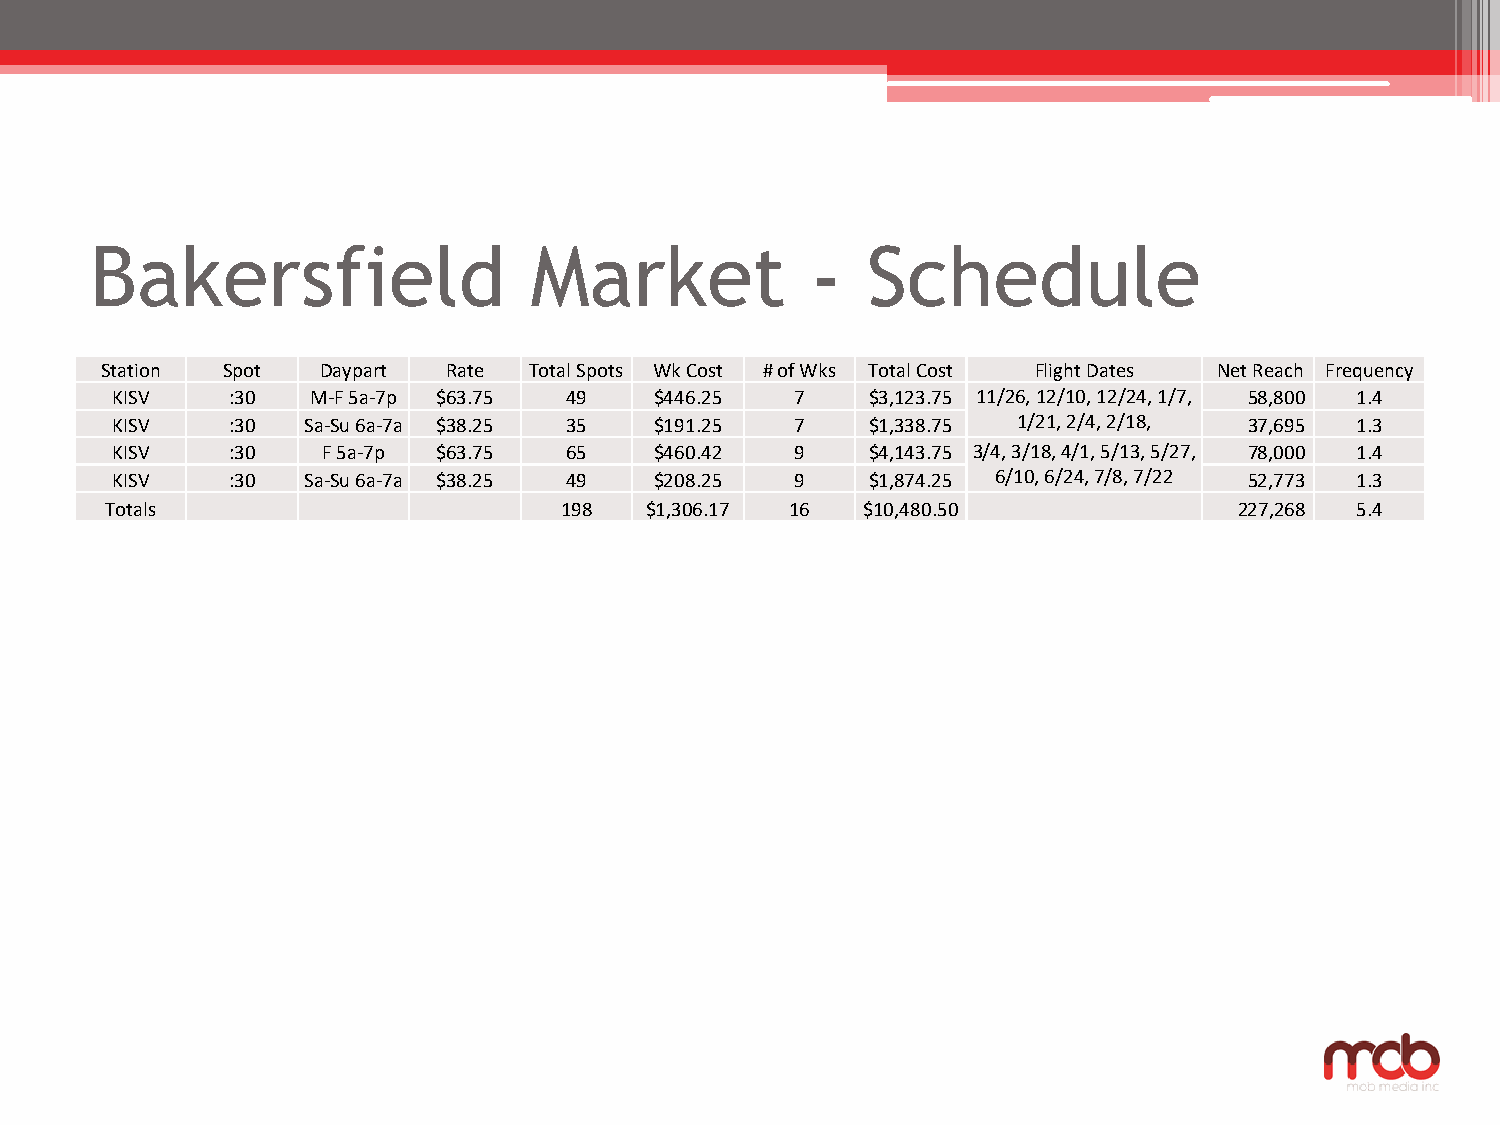
Bakersfield                  Market             -  Schedule
 Station Spot  Daypart  Rate Total Spots Wk Cost # of Wks Total Cost Flight Dates Net Reach Frequency
 KISV    :30   M-F 5a-7p $63.75 49   $446.25   7    $3,123.75 11/26, 12/10, 12/24, 1/7, 58,800 1.4
 KISV    :30  Sa-Su 6a-7a $38.25 35  $191.25   7    $1,338.75 1/21, 2/4, 2/18, 37,695 1.3
 KISV    :30   F 5a-7p $63.75  65    $460.42   9    $4,143.75 3/4, 3/18, 4/1, 5/13, 5/27, 78,000 1.4
 KISV    :30  Sa-Su 6a-7a $38.25 49  $208.25   9    $1,874.25 6/10, 6/24, 7/8, 7/22 52,773 1.3
 Totals                        198   $1,306.17 16  $10,480.50               227,268 5.4